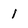
Character: 1